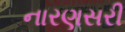
નારણસરી